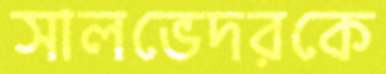
সালভেদরকে